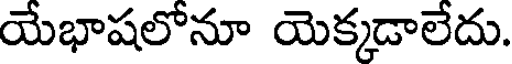
యేభాషలోనూ యెక్కడాలేదు.